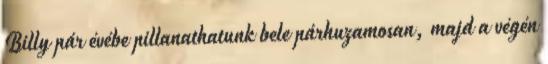
Billy pár évébe pillanathatunk bele párhuzamosan, majd a végén